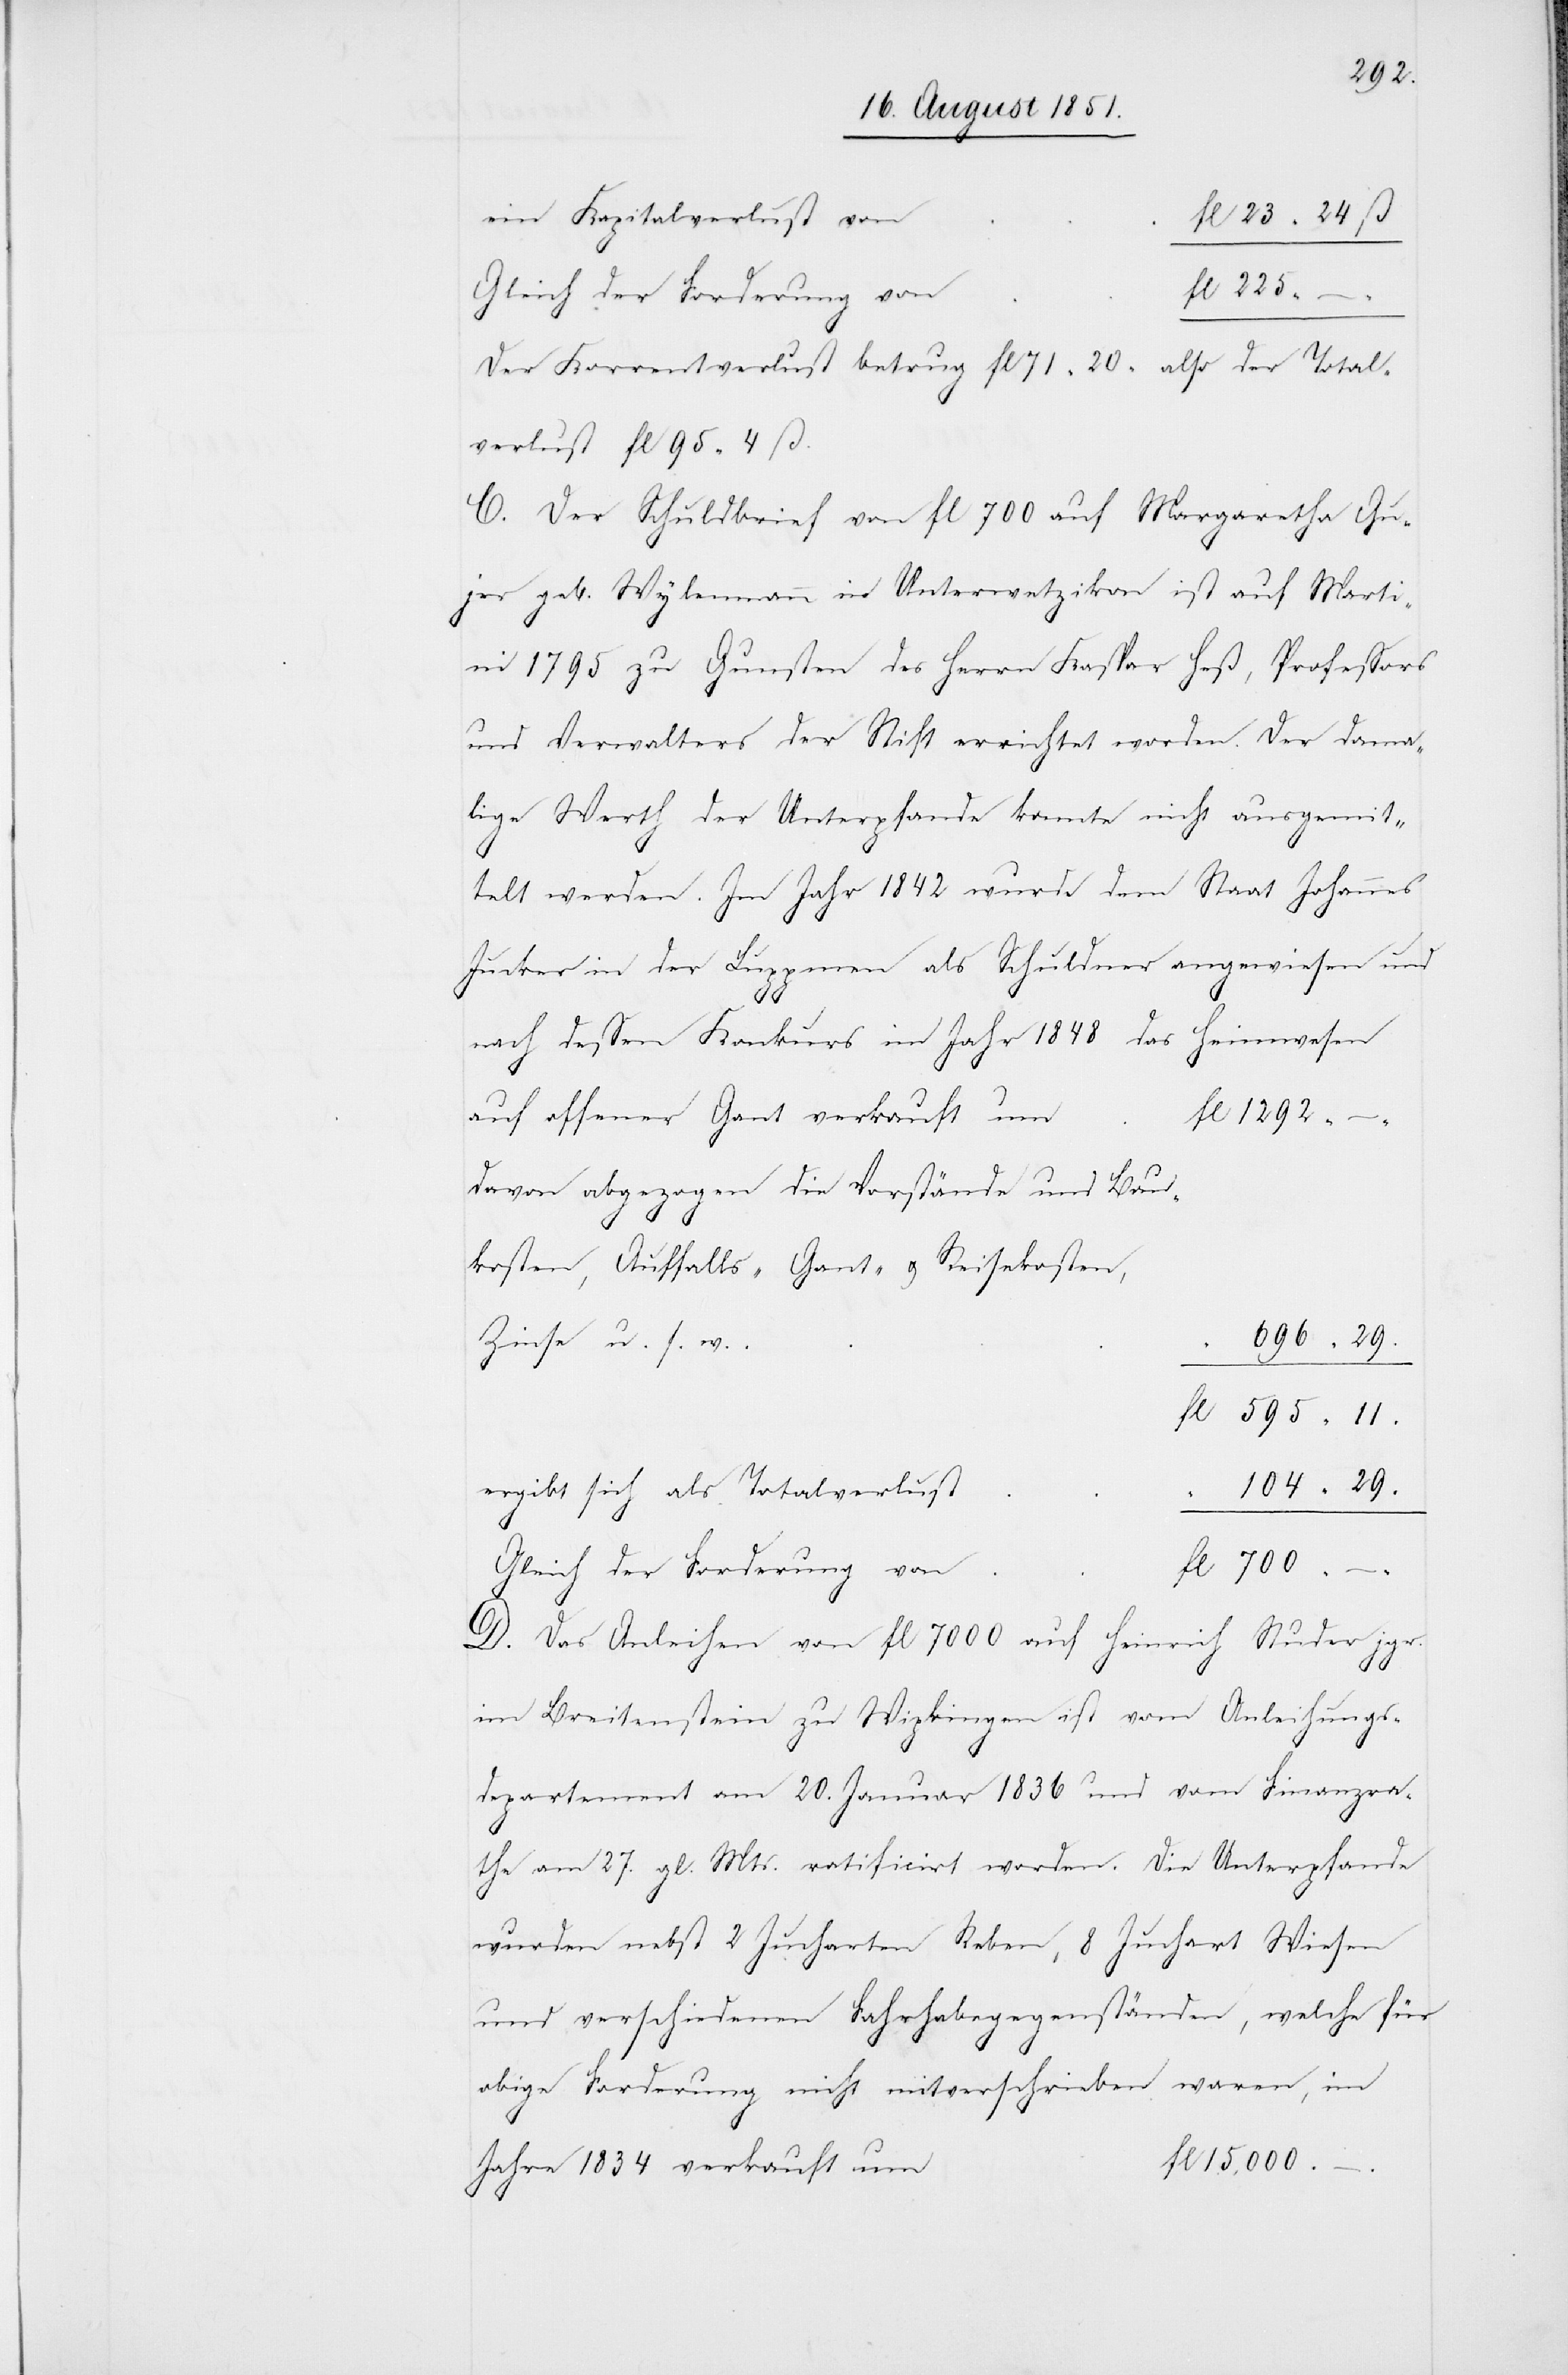
1292
ein Kapitalverlust von
Gleich der Forderung von
–.
Der Korrentverlust betrug fl 71 20 also der Total¬
verlust fl 95 4 ß.
C. Der Schuldbrief von fl 700 auf Margaretha Gu¬
jer geb. Wylenmann in Unterwetzikon ist auf Marti¬
ni 1795 zu Gunsten des Herrn Kaspar Heß, Professors
und Verwalters der Stift errichtet worden. Der dama¬
lige Werth der Unterpfande konnte nicht ausgemit¬
telt werden. Im Jahr 1842 wurde dem Staat Johannes
Jucker in der Luppmen als Schuldner angewiesen und
696
29.
nach dessen Konkurs im Jahr 1848 das Heimwesen
auf offener Gant verkauft
davon abgezogen die Vorstände und Bau¬
kosten, Auffalls-[,] Gant- & Reisekosten,
Zinse u. s. w.
ergibt sich als Totalverlust
Gleich der Forderung von
D. Das Anleihen von fl 7000 auf Heinrich Studer jgr.
104
im Breitenstein zu Wipkingen ist vom Anleihungs¬
departement am 20. Januar 1836 und vom Finanzra¬
the am 27. gl. Mts. ratificirt worden. Die Unterpfande
wurden nebst 2 Jucharten Reben, 8 Juchart Wiesen
und verschiedenen Fahrhabegegenständen, welche für
15,000.
Jahre 1834 verkauft um